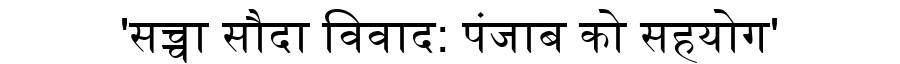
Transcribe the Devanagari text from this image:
'सच्चा सौदा विवाद: पंजाब को सहयोग'